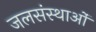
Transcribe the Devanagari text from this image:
जलसंस्थाओं